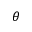
\theta